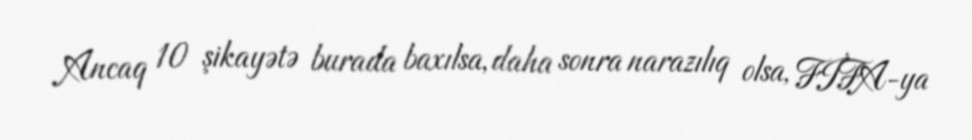
Ancaq 10 şikayətə burada baxılsa, daha sonra narazılıq olsa, FİFA-ya